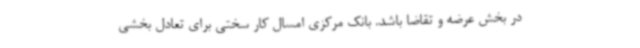
در بخش عرضه و تقاضا باشد. بانک مرکزی امسال کار سختی برای تعادل بخشی